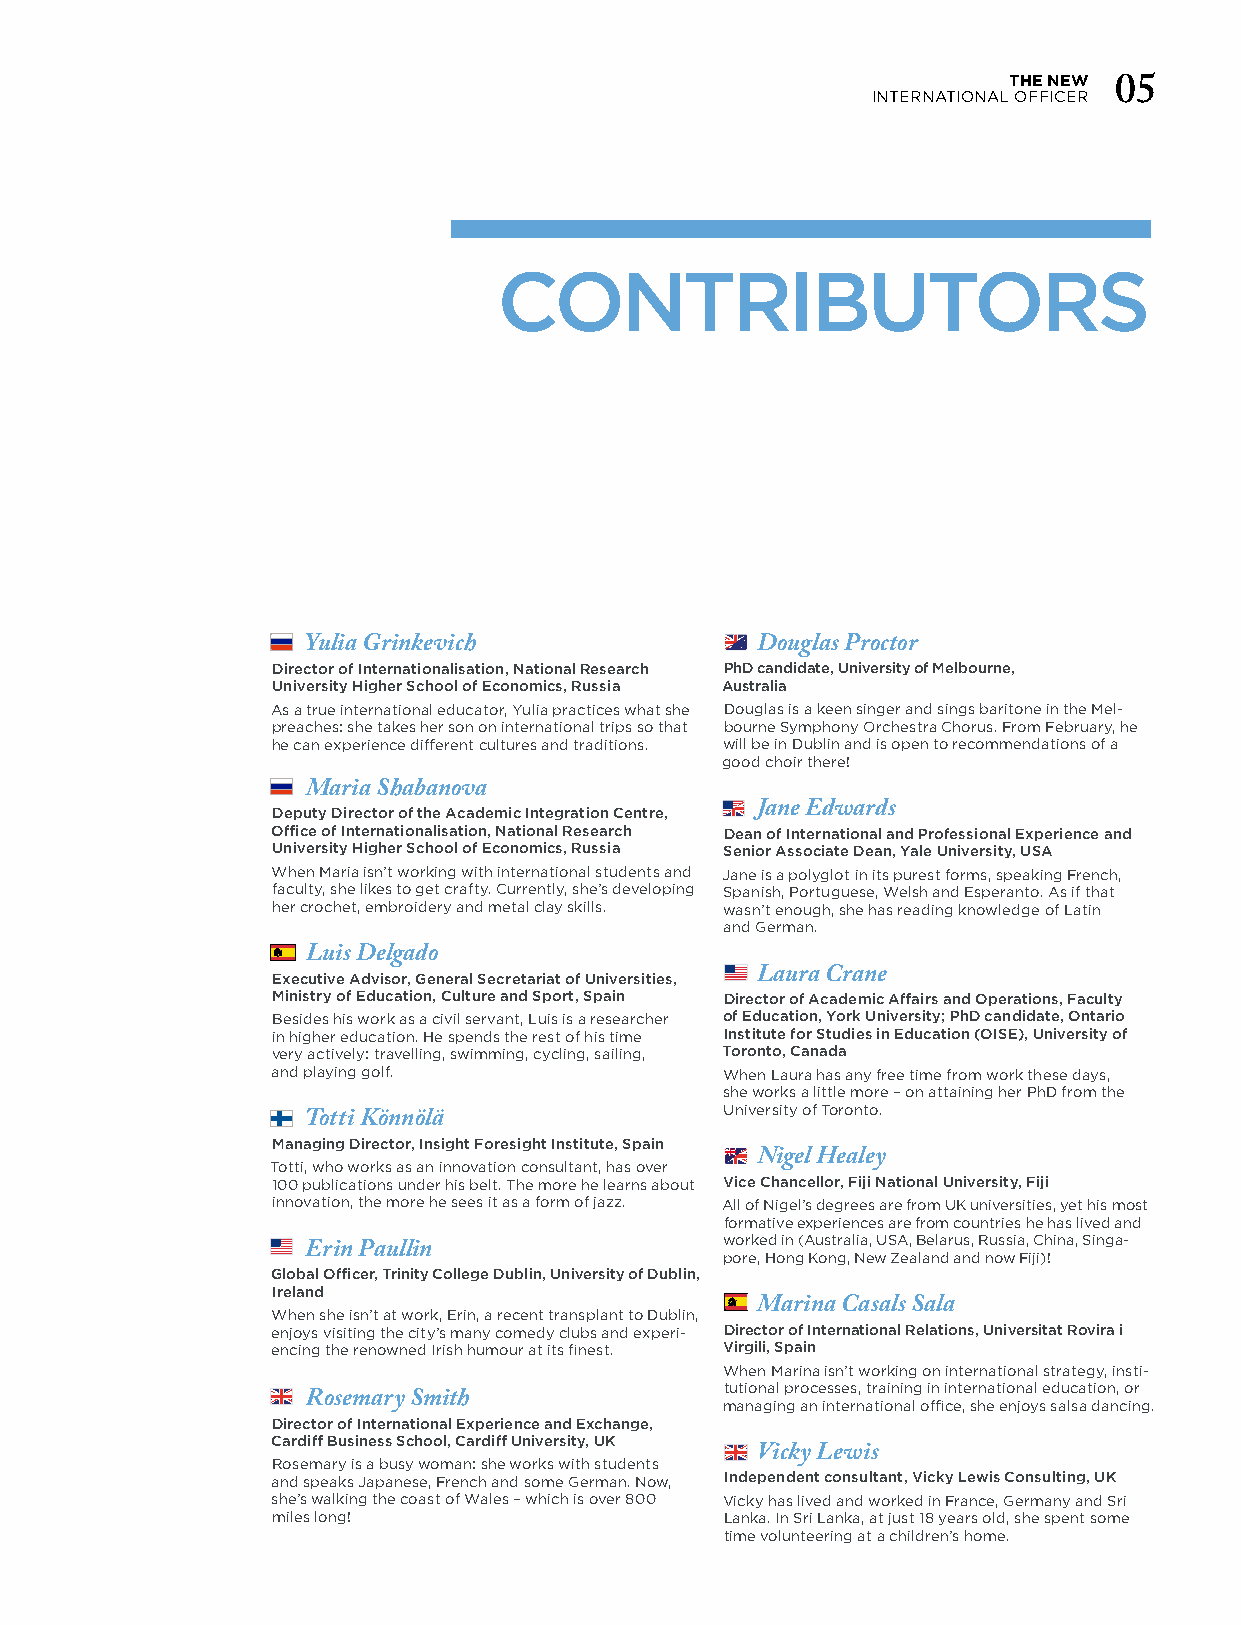
THE NEW
 INTERNATIONAL OFFICER 05
 CONTRIBUTORS
 Yulia Grinkevich              Douglas Proctor
 Director of Internationalisation, National Research PhD candidate, University of Melbourne,
 University Higher School of Economics, Russia Australia
 As a true international educator, Yulia practices what she Douglas is a keen singer and sings baritone in the Mel-
 preaches: she takes her son on international trips so that bourne Symphony Orchestra Chorus. From February, he
 he can experience different cultures and traditions. will be in Dublin and is open to recommendations of a
 good choir there!
 Maria Shabanova
 Deputy Director of the Academic Integration Centre, Jane Edwards
 Office of Internationalisation, National Research Dean of International and Professional Experience and
 University Higher School of Economics, Russia Senior Associate Dean, Yale University, USA
 When Maria isn’t working with international students and Jane is a polyglot in its purest forms, speaking French,
 faculty, she likes to get crafty. Currently, she’s developing Spanish, Portuguese, Welsh and Esperanto. As if that
 her crochet, embroidery and metal clay skills. wasn’t enough, she has reading knowledge of Latin
 and German.
 Luis Delgado
 Executive Advisor, General Secretariat of Universities, Laura Crane
 Ministry of Education, Culture and Sport, Spain Director of Academic Affairs and Operations, Faculty
 Besides his work as a civil servant, Luis is a researcher of Education, York University; PhD candidate, Ontario
 in higher education. He spends the rest of his time Institute for Studies in Education (OISE), University of
 very actively: travelling, swimming, cycling, sailing, Toronto, Canada
 and playing golf.             When Laura has any free time from work these days,
 she works a little more – on attaining her PhD from the
 University of Toronto.
 Totti Könnölä
 Managing Director, Insight Foresight Institute, Spain
 Totti, who works as an innovation consultant, has over Nigel Healey
 100 publications under his belt. The more he learns about Vice Chancellor, Fiji National University, Fiji
 innovation, the more he sees it as a form of jazz. All of Nigel’s degrees are from UK universities, yet his most
 formative experiences are from countries he has lived and
 worked in (Australia, USA, Belarus, Russia, China, Singa-
 Erin Paullin                pore, Hong Kong, New Zealand and now Fiji)!
 Global Officer, Trinity College Dublin, University of Dublin,
 Ireland
 When she isn’t at work, Erin, a recent transplant to Dublin, Marina Casals Sala
 enjoys visiting the city’s many comedy clubs and experi- Director of International Relations, Universitat Rovira i
 encing the renowned Irish humour at its finest. Virgili, Spain
 When Marina isn’t working on international strategy, insti-
 tutional processes, training in international education, or
 Rosemary Smith              managing an international office, she enjoys salsa dancing.
 Director of International Experience and Exchange,
 Cardiff Business School, Cardiff University, UK
 Vicky Lewis
 Rosemary is a busy woman: she works with students
 and speaks Japanese, French and some German. Now, Independent consultant, Vicky Lewis Consulting, UK
 she’s walking the coast of Wales – which is over 800 Vicky has lived and worked in France, Germany and Sri
 miles long!                   Lanka. In Sri Lanka, at just 18 years old, she spent some
 time volunteering at a children’s home.